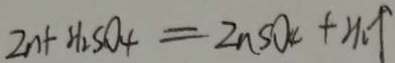
Z n + H _ { 2 } S O _ { 4 } = Z n S O _ { 4 } + H _ { 2 } \uparrow